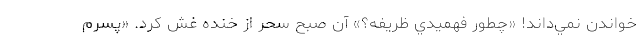
خواندن نمي‌داند! «چطور فهميدي ظريفه؟» آن صبح سحر از خنده غش كرد. «پسرم